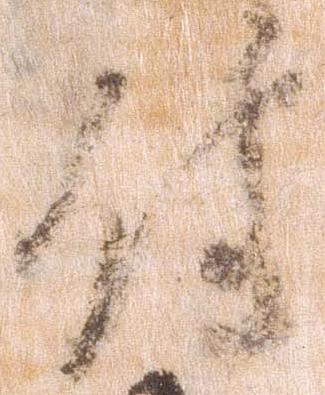
付